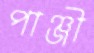
পাঞ্জী